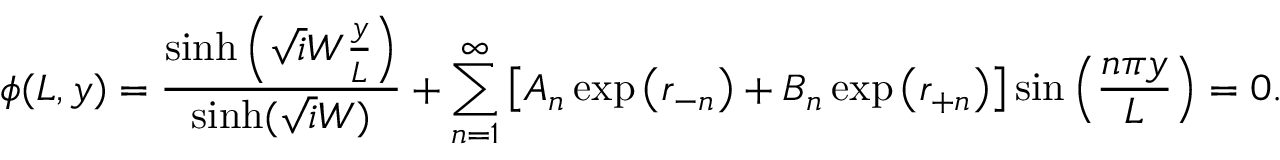
\phi ( L , y ) = \frac { \sinh \left( \sqrt i W \frac { y } { L } \right) } { \sinh ( \sqrt i W ) } + \sum _ { n = 1 } ^ { \infty } \left[ A _ { n } \exp \left( r _ { - n } \right) + B _ { n } \exp \left( r _ { + n } \right) \right] \sin \left( \frac { n \pi y } { L } \right) = 0 .